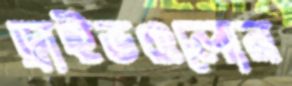
ড্রাইভগুলোর